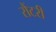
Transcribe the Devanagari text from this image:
रौंटरी